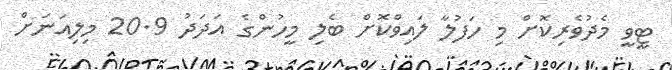
ޓީވީ މެދުވެރިކޮށް މި ހަފުލާ ލައިވްކޮށް ބެލި މީހުންގެ އަދަދު 20.9 މިލިއަނަށް